Report of the Indian Hemp Drugs Commission, 1894-1895 - Volume V
Year: 1894
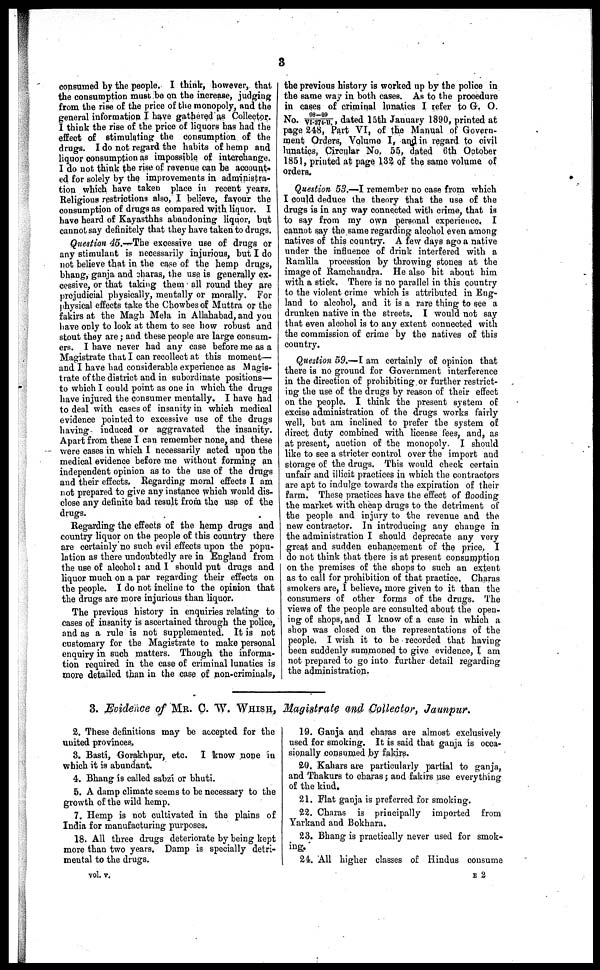
3
consumed by the people. I think, however, that
the consumption must be on the increase, judging
from the rise of the price of the monopoly, and the
general information I have gathered as Collector.
I think the rise of the price of liquors has had the
effect of stimulating the consumption of the
drugs. I do not regard the habits of hemp and
liquor consumption as impossible of interchange.
I do not think the rise of revenue can be account-
ed for solely by the improvements in administra-
tion which have taken place in recent years.
Religious restrictions also, I believe, favour the
consumption of drugs as compared with liquor. I
have heard of Kayasthhs abandoning liquor, but
cannot say definitely that they have taken to drugs.
Question 45.—The excessive use of drugs or
any stimulant is necessarily injurious, but I do
not believe that in the case of the hemp drugs,
bhang, ganja and charas, the use is generally ex-
cessive, or that taking them all round they are
prejudicial physically, mentally or morally. For
physical effects take the Chowbes of Muttra or the
fakirs at the Magh Mela in Allahabad, and you
have only to look at them to see how robust and
stout they are; and these people are large consum-
ers. I have never had any case before me as a
Magistrate that I can recollect at this moment—
and I have had considerable experience as Magis-
trate of the district and in subordinate positions—
to which I could point as one in which the drugs
have injured the consumer mentally. I have had
to deal with cases of insanity in which medical
evidence pointed to excessive use of the drugs
having induced or aggravated the insanity.
Apart from these I can remember none, and these
were cases in which I necessarily acted upon the
medical evidence before me without forming an
independent opinion as to the use of the drugs
and their effects, Regarding moral effects I am
not prepared to give any instance which would dis-
close any definite bad result from the use of the
drugs.
Regarding the effects of the hemp drugs and
country liquor on the people of this country there
are certainly no such evil effects upon the popu-
lation as there undoubtedly are in England from
the use of alcohol: and I should put drugs and
liquor much on a par regarding their effects on
the people. I do not incline to the opinion that
the drugs are more injurious than liquor.
The previous history in enquiries relating to
cases of insanity is ascertained through the police,
and as a rule is not supplemented. It is not
customary for the Magistrate to make personal
enquiry in such matters. Though the informa-
tion required in the case of criminal lunatics is
more detailed than in the case of non-criminals,
the previous history is worked up by the police in
the same way in both cases. As to the procedure
in cases of criminal lunatics I refer to G. O.
No. 98-99/VI-274-B, dated 15th January 1890, printed at
page 248, Part VI, of the Manual of Govern-
ment Orders, Volume I, and in regard to civil
lunatics, Circular No. 55, dated 6th October
1851, printed at page 132 of the same volume of
orders.
Question 53.—I remember no case from which
I could deduce the theory that the use of the
drugs is in any way connected with crime, that is
to say from my own personal experience, I
cannot say the same regarding alcohol even among
natives of this country. A few days ago a native
under the influence of drink interfered with a
Ramlila procession by throwing stones at the
image of Ramchandra. He also hit about him
with a stick. There is no parallel in this country
to the violent crime which is attributed in Eng-
land to alcohol, and it is a rare thing to see a
drunken native in the streets. I would not say
that even alcohol is to any extent connected with
the commission of crime by the natives of this
country.
Question 59.—I am certainly of opinion that
there is no ground for Government interference
in the direction of prohibiting or further restrict-
ing the use of the drugs by reason of their effect
on the people. I think the present system of
excise administration of the drugs works fairly
well, but am inclined to prefer the system of
direct duty combined with license fees, and, as
at present, auction of the monopoly. I should
like to see a stricter control over the import and
storage of the drugs. This would chock certain
unfair and illicit practices in which the contractors
are apt to indulge towards the expiration of their
farm. These practices have the effect of flooding
the market with cheap drugs to the detriment of
the people and injury to the revenue and the
new contractor. In introducing any change in
the administration I should deprecate any very
great and sudden enhancement of the price, I
do not think that there is at present consumption
on the premises of the shops to such an extent
as to call for prohibition of that practice. Charas
smokers are, I believe, more given to it than the
consumers of other forms of the drugs. The
views of the people are consulted about the open-
ing of shops, and I know of a case in which a
shop was closed on the representations of the
people. I wish it to be recorded that having
been suddenly summoned to give evidence, I am
not prepared to go into further detail regarding
the administration.
3. Evidence of MR. C. W. WHISH, Magistrate and Collector, Jaunpur.
2. These definitions may be accepted for the
united provinces,
3. Basti, Gorakhpur, etc. I know none in
which it is abundant.
4. Bhang is called sabzi or bhuti.
5. A damp climate seems to be necessary to the
growth of the wild hemp.
7. Hemp is not cultivated in the plains of
India for manufacturing purposes.
18. All three drugs deteriorate by being kept
more than two years. Damp is specially detri-
mental to the drugs.
vol. v.
19. Ganja and charas are almost exclusively
used for smoking. It is said that ganja is occa-
sionally consumed by fakirs.
20. Kahars are particularly partial to ganja,
and Thakurs to charas; and fakirs use everything
of the kind.
21. Flat ganja is preferred for smoking.
22. Charas is principally imported from
Yarkand and Bokhara.
23. Bhang is practically never used for smok-
ing.
24. All higher classes of Hindus consume
E 2